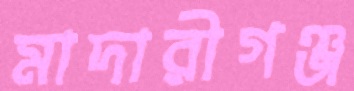
মাদারীগঞ্জ